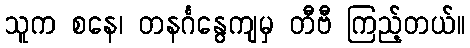
သူက စနေ၊ တနင်္ဂနွေကျမှ တီဗီ ကြည့်တယ်။